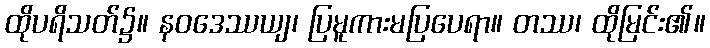
ထိုပရိသတ်၌။ နဝဒေဿယျ၊ ပြမူကားမပြပေရာ။ တဿ၊ ထိုမြင်း၏။